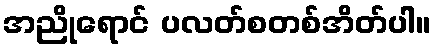
အညိုရောင် ပလတ်စတစ်အိတ်ပါ။